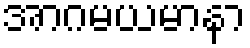
အာဂမယမာနာ